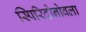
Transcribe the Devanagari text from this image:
स्पिरिदोनोवला